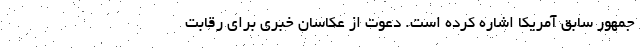
جمهور سابق آمریکا اشاره کرده است. دعوت از عکاسان خبری برای رقابت